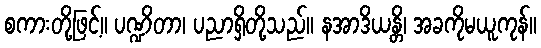
စကားတို့ဖြင့်။ ပဏ္ဍိတာ၊ ပညာရှိတို့သည်။ နအာဒိယန္တိ၊ အခကိုမယူကုန်။